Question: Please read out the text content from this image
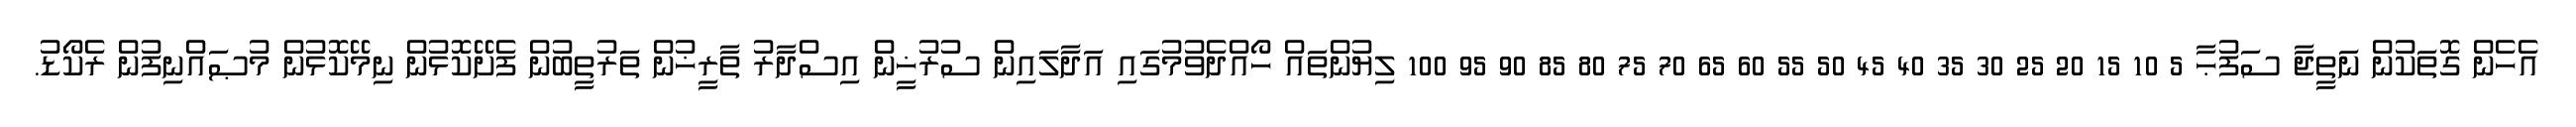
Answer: އެހެން ގޮތަކުން ނަތީޖާ ސަފުޙާ 5 10 15 20 25 30 35 40 45 50 55 60 65 70 75 80 85 90 95 100 ލިޔުންތައް ހޯއްދެވުމުގައި އަދާލައިން ސުރުޚީން އިސްދާރު ތާރީޚުން ތަރުތީބުން ފެށޭކޮޅުން ނިމޭކޮޅުން މުޞައްނިފުން ރެކޯޑު.